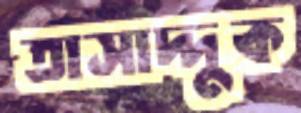
তাসাদ্দুক